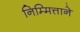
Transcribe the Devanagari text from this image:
निम्मित्ताने